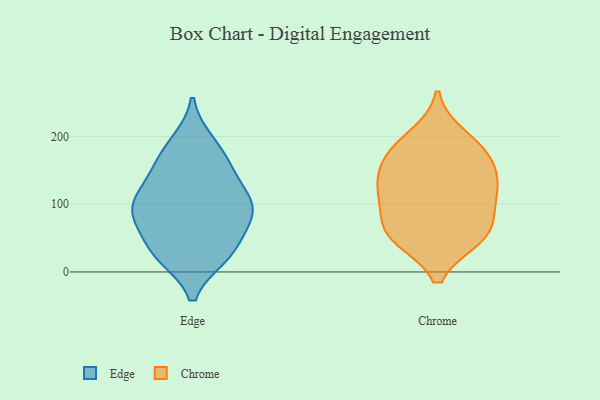
{"axis": {"x": "Backlog", "y": "Value"}, "legend": ["Chrome", "Edge"], "data": [{"x": "", "y": 26, "type": "Edge"}, {"x": "", "y": 182, "type": "Edge"}, {"x": "", "y": 100, "type": "Edge"}, {"x": "", "y": 154, "type": "Edge"}, {"x": "", "y": 136, "type": "Edge"}, {"x": "", "y": 64, "type": "Edge"}, {"x": "", "y": 92, "type": "Edge"}, {"x": "", "y": 105, "type": "Edge"}, {"x": "", "y": 26, "type": "Edge"}, {"x": "", "y": 191, "type": "Edge"}, {"x": "", "y": 24, "type": "Edge"}, {"x": "", "y": 91, "type": "Edge"}, {"x": "", "y": 83, "type": "Edge"}, {"x": "", "y": 35, "type": "Edge"}, {"x": "", "y": 94, "type": "Edge"}, {"x": "", "y": 149, "type": "Edge"}, {"x": "", "y": 169, "type": "Chrome"}, {"x": "", "y": 180, "type": "Chrome"}, {"x": "", "y": 121, "type": "Chrome"}, {"x": "", "y": 169, "type": "Chrome"}, {"x": "", "y": 200, "type": "Chrome"}, {"x": "", "y": 126, "type": "Chrome"}, {"x": "", "y": 51, "type": "Chrome"}, {"x": "", "y": 89, "type": "Chrome"}, {"x": "", "y": 136, "type": "Chrome"}, {"x": "", "y": 63, "type": "Chrome"}, {"x": "", "y": 51, "type": "Chrome"}, {"x": "", "y": 115, "type": "Chrome"}, {"x": "", "y": 55, "type": "Chrome"}]}